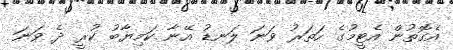
އެގޮތުން އެޓީމުގެ ހަތަރު ވަނަ ލަނޑު އޭނާ ކަމިޔާބު ކުރީ ދެ ވަނަ